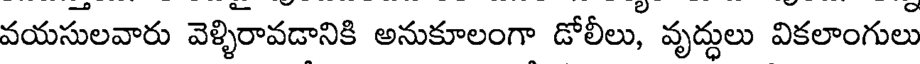
వయసులవారు వెళ్ళిరావడానికి అనుకూలంగా డోలీలు, వృద్ధులు వికలాంగులు